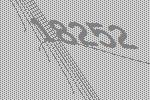
18252